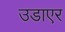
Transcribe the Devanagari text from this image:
उडाएर